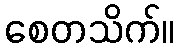
စေတသိက်။